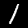
Digit: 1